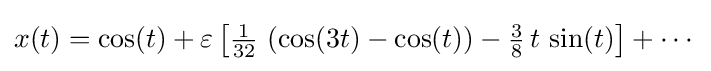
x(t)=\cos(t)+\varepsilon \left[{\tfrac {1}{32}}\,\left(\cos(3t)-\cos(t)\right)-{\tfrac {3}{8}}\,t\,\sin(t)\right]+\cdots